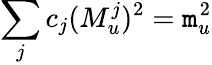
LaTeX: \sum_{j}c_{j}(M_{u}^{j})^{2}=\mathtt{m}_{u}^{2}